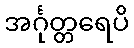
အင်္ဂုတ္တရေပိ